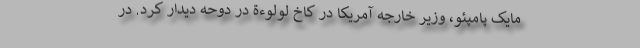
مایک پامپئو، وزیر خارجه آمریکا در کاخ لولوءة در دوحه دیدار کرد. در